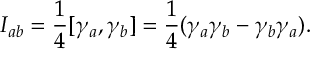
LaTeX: I _ { a b } = { \frac 1 4 } [ \gamma _ { a } , \gamma _ { b } ] = { \frac 1 4 } ( \gamma _ { a } \gamma _ { b } - \gamma _ { b } \gamma _ { a } ) .